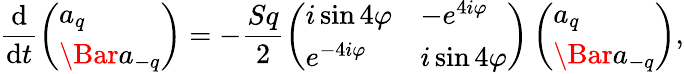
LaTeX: \frac{\mathrm{d}}{\mathrm{d}t}\left(\begin{array}{l}{a_{q}}\\ {\Bar{a}_{-q}}\end{array}\right)=-\frac{Sq}{2}\left(\begin{array}{ll}{i\sin{4\varphi}}&{-e^{4i\varphi}}\\ {e^{-4i\varphi}}&{i\sin{4\varphi}}\end{array}\right)\left(\begin{array}{l}{a_{q}}\\ {\Bar{a}_{-q}}\end{array}\right),